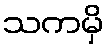
သကမှိ